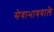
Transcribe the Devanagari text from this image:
सेवाभाववाले